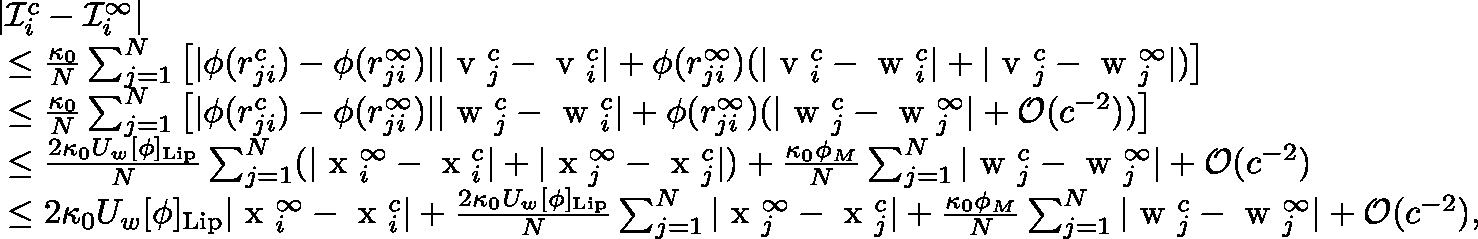
\begin{array} { r } { \begin{array} { r l } & { | \mathcal { I } _ { i } ^ { c } - \mathcal { I } _ { i } ^ { \infty } | } \\ & { ~ \leq \frac { \kappa _ { 0 } } { N } \sum _ { j = 1 } ^ { N } \left[ | \phi ( r _ { j i } ^ { c } ) - \phi ( r _ { j i } ^ { \infty } ) | | \mathrm { \boldmath ~ v ~ } _ { j } ^ { c } - \mathrm { \boldmath ~ v ~ } _ { i } ^ { c } | + \phi ( r _ { j i } ^ { \infty } ) ( | \mathrm { \boldmath ~ v ~ } _ { i } ^ { c } - \mathrm { \boldmath ~ w ~ } _ { i } ^ { c } | + | \mathrm { \boldmath ~ v ~ } _ { j } ^ { c } - \mathrm { \boldmath ~ w ~ } _ { j } ^ { \infty } | ) \right] } \\ & { ~ \leq \frac { \kappa _ { 0 } } { N } \sum _ { j = 1 } ^ { N } \left[ | \phi ( r _ { j i } ^ { c } ) - \phi ( r _ { j i } ^ { \infty } ) | | \mathrm { \boldmath ~ w ~ } _ { j } ^ { c } - \mathrm { \boldmath ~ w ~ } _ { i } ^ { c } | + \phi ( r _ { j i } ^ { \infty } ) ( | \mathrm { \boldmath ~ w ~ } _ { j } ^ { c } - \mathrm { \boldmath ~ w ~ } _ { j } ^ { \infty } | + \mathcal { O } ( c ^ { - 2 } ) ) \right] } \\ & { ~ \leq \frac { 2 \kappa _ { 0 } U _ { w } [ \phi ] _ { \mathrm { L i p } } } { N } \sum _ { j = 1 } ^ { N } ( | \mathrm { \boldmath ~ x ~ } _ { i } ^ { \infty } - \mathrm { \boldmath ~ x ~ } _ { i } ^ { c } | + | \mathrm { \boldmath ~ x ~ } _ { j } ^ { \infty } - \mathrm { \boldmath ~ x ~ } _ { j } ^ { c } | ) + \frac { \kappa _ { 0 } \phi _ { M } } { N } \sum _ { j = 1 } ^ { N } | \mathrm { \boldmath ~ w ~ } _ { j } ^ { c } - \mathrm { \boldmath ~ w ~ } _ { j } ^ { \infty } | + \mathcal { O } ( c ^ { - 2 } ) } \\ & { ~ \leq 2 \kappa _ { 0 } U _ { w } [ \phi ] _ { \mathrm { L i p } } | \mathrm { \boldmath ~ x ~ } _ { i } ^ { \infty } - \mathrm { \boldmath ~ x ~ } _ { i } ^ { c } | + \frac { 2 \kappa _ { 0 } U _ { w } [ \phi ] _ { \mathrm { L i p } } } { N } \sum _ { j = 1 } ^ { N } | \mathrm { \boldmath ~ x ~ } _ { j } ^ { \infty } - \mathrm { \boldmath ~ x ~ } _ { j } ^ { c } | + \frac { \kappa _ { 0 } \phi _ { M } } { N } \sum _ { j = 1 } ^ { N } | \mathrm { \boldmath ~ w ~ } _ { j } ^ { c } - \mathrm { \boldmath ~ w ~ } _ { j } ^ { \infty } | + \mathcal { O } ( c ^ { - 2 } ) , } \end{array} } \end{array}